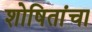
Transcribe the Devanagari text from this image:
शोषितांचा